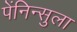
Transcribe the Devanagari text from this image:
पेंनिन्सुला